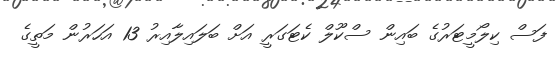
ފަސް ކިލޯމީޓަރުގެ ބައިން ސްކޫލް ކެޓަގަރީ އަށް ބަލައިލާއިރު 13 އަހަރުން މަތީގެ